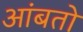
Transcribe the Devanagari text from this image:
आंबतो